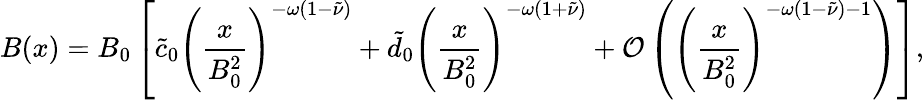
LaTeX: B(x)=B_{0}\left[\tilde{c}_{0}\left(\frac{x}{B_{0}^{2}}\right)^{-\omega(1-\tilde{\nu})}+\tilde{d}_{0}\left(\frac{x}{B_{0}^{2}}\right)^{-\omega(1+\tilde{\nu})}+{\cal O}\left(\left(\frac{x}{B_{0}^{2}}\right)^{-\omega(1-\tilde{\nu})-1}\right)\right],